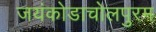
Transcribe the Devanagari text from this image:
जयंकोडाचोलपुरम